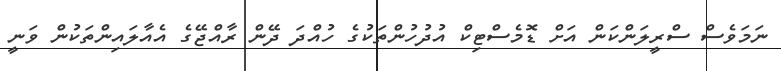
ނަމަވެސް ސްރީލަންކަން އަށް ޑޮމެސްޓިކް އުދުހުންތަކުގެ ހުއްދަ ދޭން ރާއްޖޭގެ އެއާލައިންތަކުން ވަނީ